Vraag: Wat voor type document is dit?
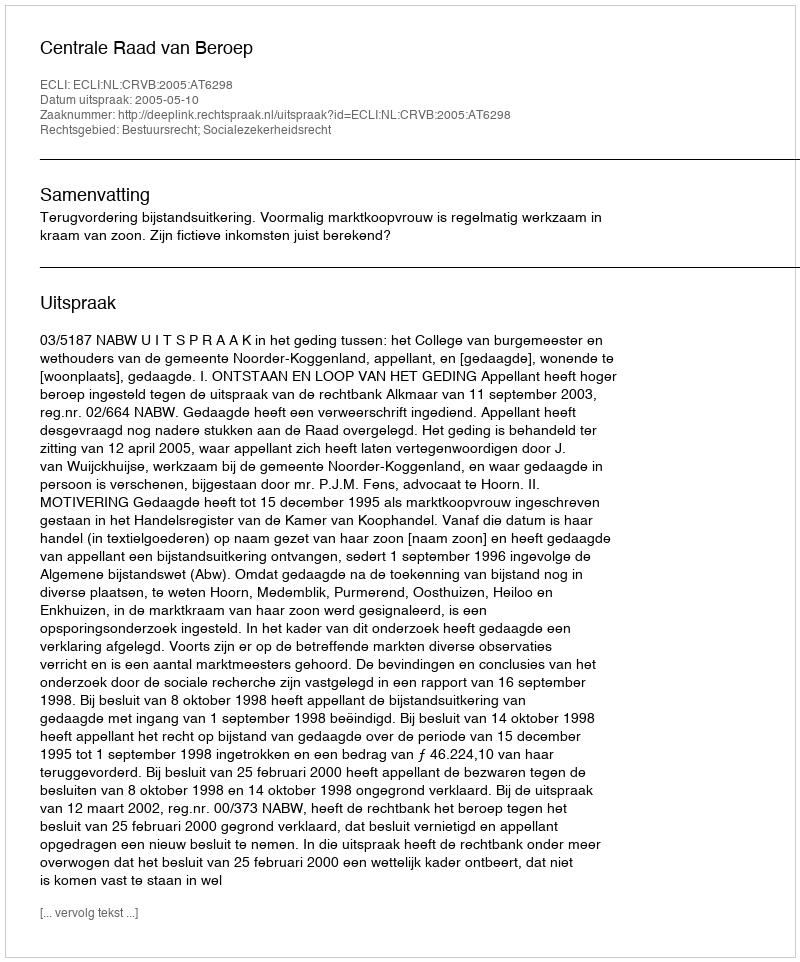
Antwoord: Uitspraak